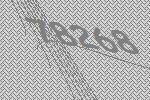
78268